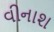
વીનાશ